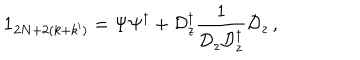
LaTeX: \textbf { 1 } _ { 2 N + 2 ( k + k ^ { \prime } ) } = \Psi \Psi ^ { \dagger } + \mathcal { D } _ { z } ^ { \dagger } \frac { 1 } { \mathcal { D } _ { z } \mathcal { D } _ { z } ^ { \dagger } } \mathcal { D } _ { z } \, ,